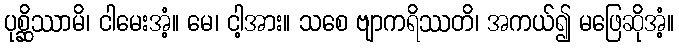
ပုစ္ဆိဿာမိ၊ ငါမေးအံ့။ မေ၊ ငါ့အား။ သစေ ဗျာကရိဿတိ၊ အကယ်၍ မဖြေဆိုအံ့။